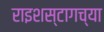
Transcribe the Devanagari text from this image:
राइशस्टागच्या